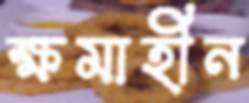
ক্ষমাহীন